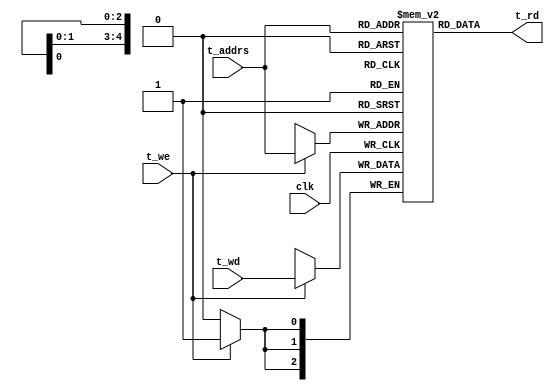
//tag memory
module tag_mem (input   clk, t_we,
                 input   [4:0] t_addrs,
				 input   [2:0] t_wd,
                 output  [2:0] t_rd);

reg [2:0] RAM [0:31];  
 
//write operation
always@(negedge clk)
begin
		if (t_we) 
		  begin 
		   RAM[t_addrs[4:0]] <= t_wd;
		  end
end
//read opertaion	 
	 assign t_rd =  RAM[t_addrs[4:0]];
endmodule